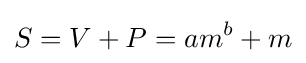
S=V+P=am^{b}+m